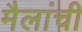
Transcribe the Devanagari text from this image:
मैलांची